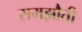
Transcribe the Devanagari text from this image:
समझौती